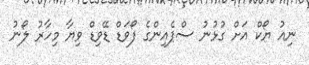
ނިއު ޔޯކް އަށް ގުޅުނު ސްޕެއިންގެ ފޯވަޑް ޑޭވިޑް ވިޔާ މިހާރު ލޯނު